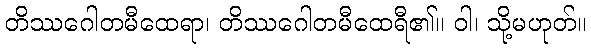
တိဿဂေါတမီထေရာ၊ တိဿဂေါတမီထေရီ၏။ ဝါ၊ သို့မဟုတ်။